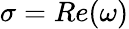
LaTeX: \sigma=Re(\omega)